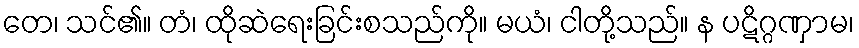
တေ၊ သင်၏။ တံ၊ ထိုဆဲရေးခြင်းစသည်ကို။ မယံ၊ ငါတို့သည်။ န ပဋိဂ္ဂဏှာမ၊